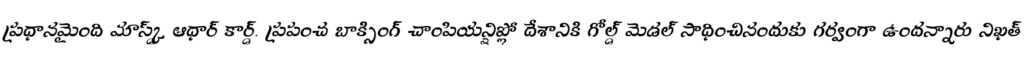
ప్రధానమైంది మాస్క్డ్ ఆధార్ కార్డ్. ప్రపంచ బాక్సింగ్ చాంపియన్షిప్లో దేశానికి గోల్డ్ మెడల్ సాధించినందుకు గర్వంగా ఉందన్నారు నిఖత్